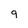
Character: 9